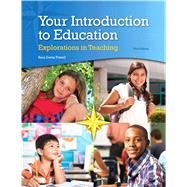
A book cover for Your Introduction to Education: Explorations in Teaching; Sara Davis Powell; Education & Teaching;